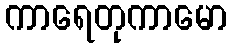
ကာရေတုကာမော